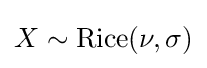
X\sim \mathrm {Rice} (\nu ,\sigma )